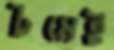
টমেই